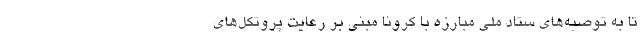
تا به توصیه‌های ستاد ملی مبارزه با کرونا مبنی بر رعایت پروتکل‌های